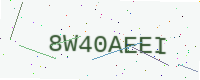
Text: 8W40AEEI